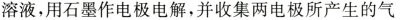
溶液，用石墨作电极电解，并收集两电极所产生的气